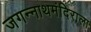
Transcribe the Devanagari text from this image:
जगन्नाथमंदिराला